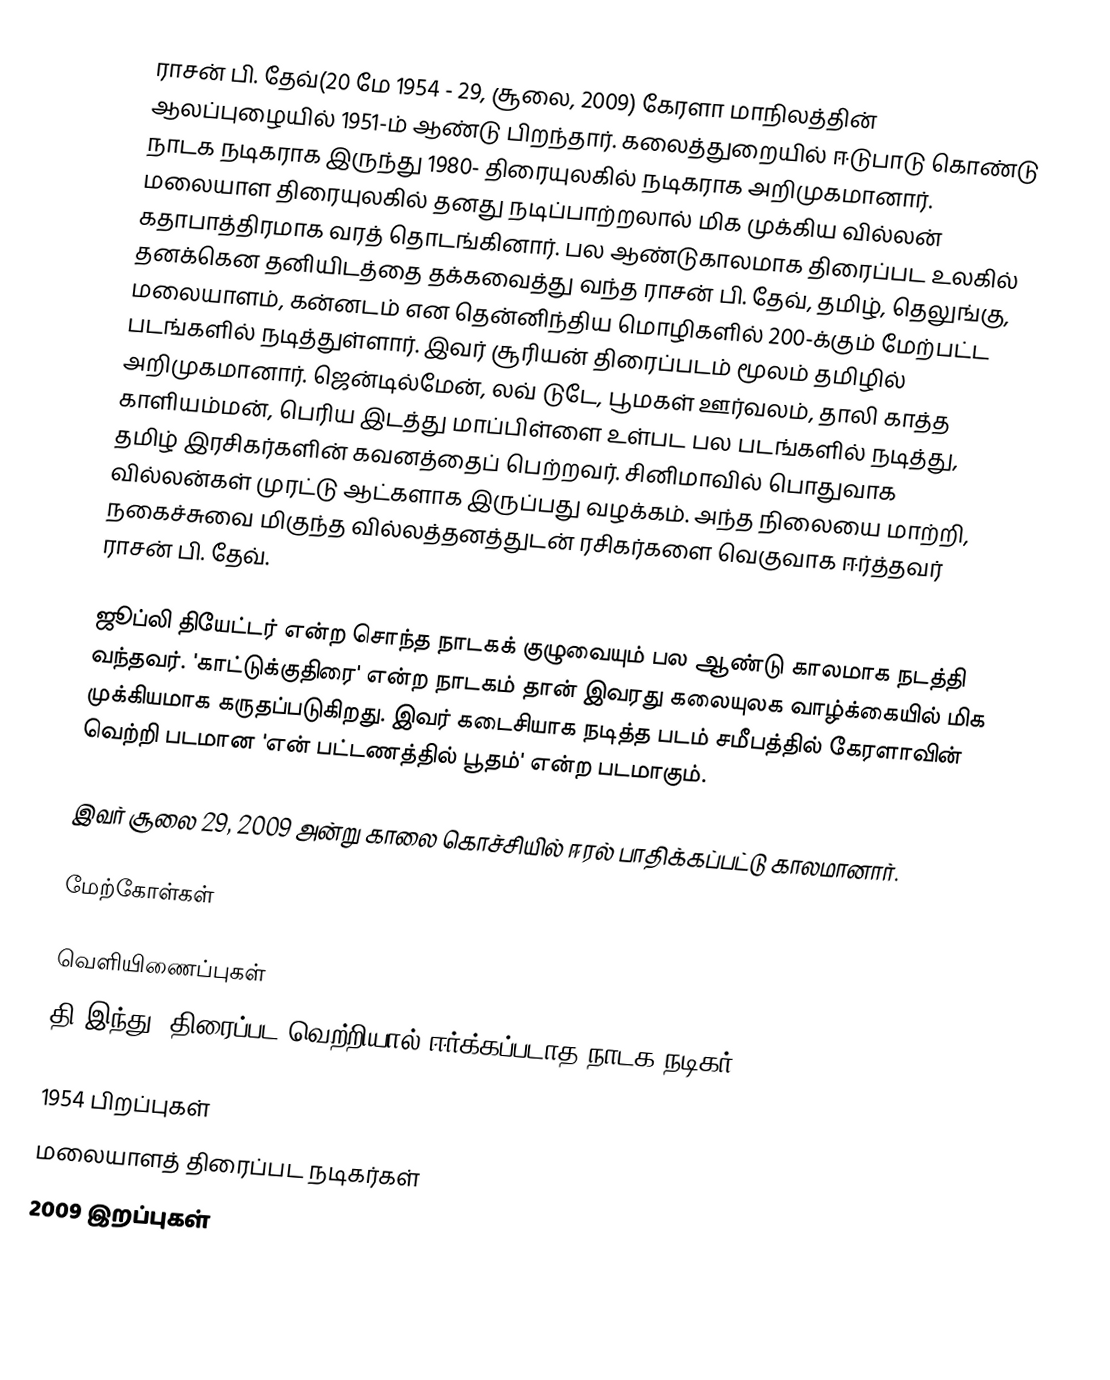
ராசன் பி. தேவ்(20 மே 1954 - 29, சூலை, 2009) கேரளா மாநிலத்தின் ஆலப்புழையில் 1951-ம் ஆண்டு பிறந்தார். கலைத்துறையில் ஈடுபாடு கொண்டு நாடக நடிகராக இருந்து 1980- திரையுலகில் நடிகராக அறிமுகமானார். மலையாள திரையுலகில் தனது நடிப்பாற்றலால் மிக முக்கிய வில்லன் கதாபாத்திரமாக வரத் தொடங்கினார். பல ஆண்டுகாலமாக திரைப்பட உலகில் தனக்கென தனியிடத்தை தக்கவைத்து வந்த ராசன் பி. தேவ், தமிழ், தெலுங்கு, மலையாளம், கன்னடம் என தென்னிந்திய மொழிகளில் 200-க்கும் மேற்பட்ட படங்களில் நடித்துள்ளார். இவர் சூரியன் திரைப்படம் மூலம் தமிழில் அறிமுகமானார். ஜென்டில்மேன், லவ் டுடே, பூமகள் ஊர்வலம், தாலி காத்த காளியம்மன், பெரிய இடத்து மாப்பிள்ளை உள்பட பல படங்களில் நடித்து, தமிழ் இரசிகர்களின் கவனத்தைப் பெற்றவர். சினிமாவில் பொதுவாக வில்லன்கள் முரட்டு ஆட்களாக இருப்பது வழக்கம். அந்த நிலையை மாற்றி, நகைச்சுவை மிகுந்த வில்லத்தனத்துடன் ரசிகர்களை வெகுவாக ஈர்த்தவர் ராசன் பி. தேவ்.

ஜூப்லி தியேட்டர் என்ற சொந்த நாடகக் குழுவையும் பல ஆண்டு காலமாக நடத்தி வந்தவர். 'காட்டுக்குதிரை' என்ற நாடகம் தான் இவரது கலையுலக வாழ்க்கையில் மிக முக்கியமாக கருதப்படுகிறது. இவர் கடைசியாக நடித்த படம் சமீபத்தில் கேரளாவின் வெற்றி படமான  'என் பட்டணத்தில் பூதம்' என்ற படமாகும்.

இவர் சூலை 29, 2009 அன்று காலை கொச்சியில் ஈரல் பாதிக்கப்பட்டு காலமானார்.

மேற்கோள்கள்

வெளியிணைப்புகள்
தி இந்து: திரைப்பட வெற்றியால் ஈர்க்கப்படாத நாடக நடிகர்

1954 பிறப்புகள்
மலையாளத் திரைப்பட நடிகர்கள்
2009 இறப்புகள்